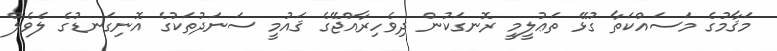
މަޤާމުގެ މަސައްކަތާ ގުޅޭ ތަޢުލީމީ ރޮނގަކުން ދިވެހިރާއްޖޭގެ ޤައުމީ ސަނަދުތަކުގެ އޮނިގަނޑުގެ ލެވެލް